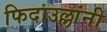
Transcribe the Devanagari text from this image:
फिदाउल्लांनी